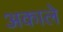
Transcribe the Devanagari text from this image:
अकाले